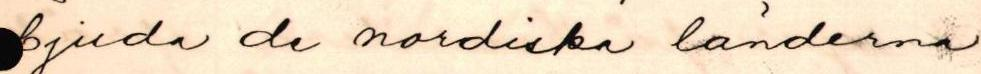
bjuda de nordiska länderna